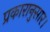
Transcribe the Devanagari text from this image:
प्रकारानुसार।